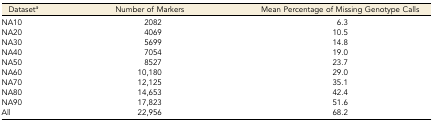
<table><thead><tr><td><b>Dataset<i><sup>a</sup></i></b></td><td><b>Number of Markers</b></td><td><b>Mean Percentage of Missing Genotype Calls</b></td></tr></thead><tbody><tr><td>NA10</td><td>2082</td><td>6.3</td></tr><tr><td>NA20</td><td>4069</td><td>10.5</td></tr><tr><td>NA30</td><td>5699</td><td>14.8</td></tr><tr><td>NA40</td><td>7054</td><td>19.0</td></tr><tr><td>NA50</td><td>8527</td><td>23.7</td></tr><tr><td>NA60</td><td>10,180</td><td>29.0</td></tr><tr><td>NA70</td><td>12,125</td><td>35.1</td></tr><tr><td>NA80</td><td>14,653</td><td>42.4</td></tr><tr><td>NA90</td><td>17,823</td><td>51.6</td></tr><tr><td>All</td><td>22,956</td><td>68.2</td></tr></tbody></table>